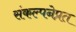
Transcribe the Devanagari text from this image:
संकल्पनेप्रत